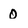
Character: 0